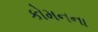
કોમનના